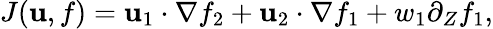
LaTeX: J(\mathbf{u},f)=\mathbf{u}_{1}\cdot\nabla f_{2}+\mathbf{u}_{2}\cdot\nabla f_{1}+w_{1}\partial_{Z}f_{1},